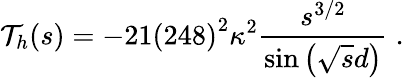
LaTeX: {\cal T}_{h}(s)=-21\left(248\right)^{2}\kappa^{2}\frac{s^{3/2}}{\sin\left(\sqrt{s}d\right)}\; .